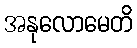
အနုလောမေတိ